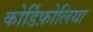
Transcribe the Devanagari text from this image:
कोर्डिफ़ोलिया